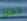
تحرر